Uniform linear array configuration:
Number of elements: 48
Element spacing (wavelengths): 0.5
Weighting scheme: kaiser
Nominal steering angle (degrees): -45
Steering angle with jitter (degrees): -43.919
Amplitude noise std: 0.05
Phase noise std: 0.05

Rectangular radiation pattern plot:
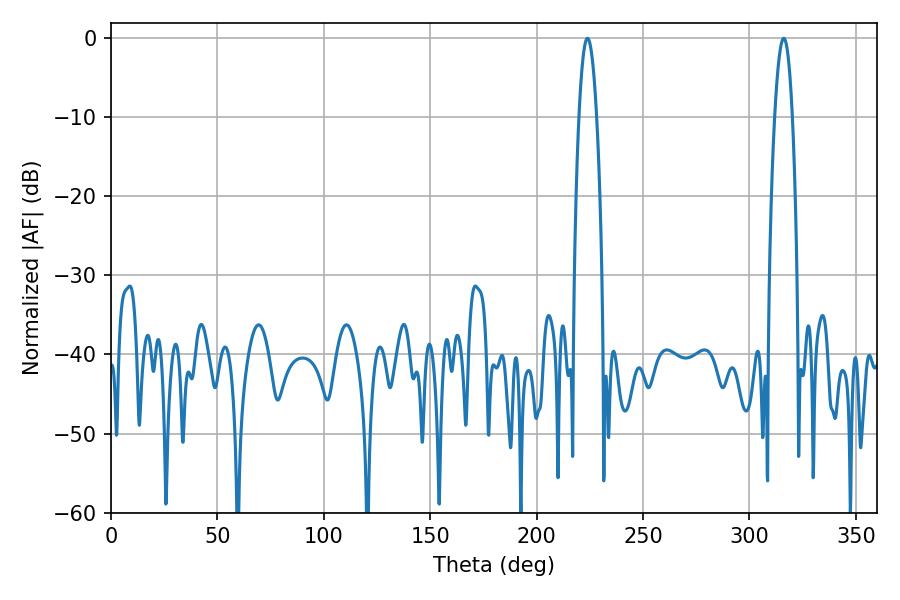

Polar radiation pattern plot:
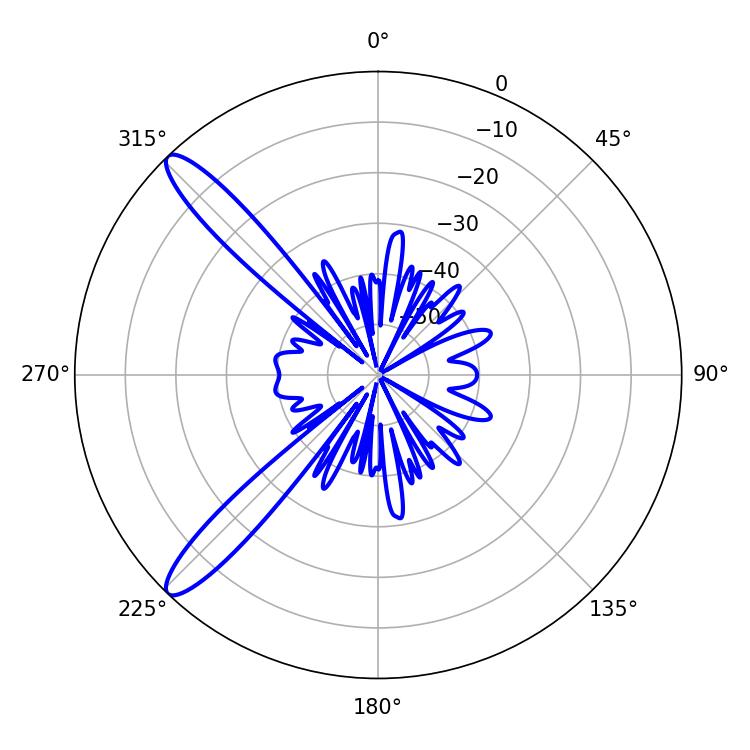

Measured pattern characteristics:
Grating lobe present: FALSE
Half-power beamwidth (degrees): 4.68
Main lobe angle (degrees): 316.08